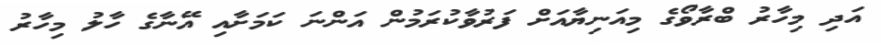
އަދި މިހާރު ބްރާވޯގެ މިއަނިޔާއަށް ފަރުވާކުރަމުން އަންނަ ކަމަށާއި އޭނާގެ ހާލު މިހާރު